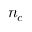
n _ { c }